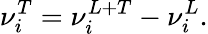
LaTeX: \nu_{i}^{T}=\nu_{i}^{L+T}-\nu_{i}^{L}.